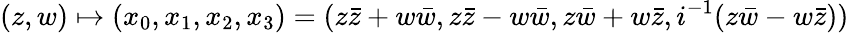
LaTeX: (z,w)\mapsto(x_{0},x_{1},x_{2},x_{3})=(z{\bar{z}}+w{\bar{w}},z{\bar{z}}-w{\bar{w}},z{\bar{w}}+w{\bar{z}},i^{-1}(z{\bar{w}}-w{\bar{z}}))